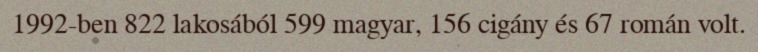
1992-ben 822 lakosából 599 magyar, 156 cigány és 67 román volt.